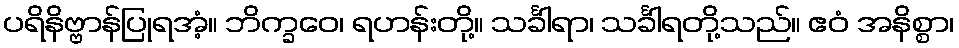
ပရိနိဗ္ဗာန်ပြုရအံ့။ ဘိက္ခဝေ၊ ရဟန်းတို့။ သင်္ခါရာ၊ သင်္ခါရတို့သည်။ ဧဝံ အနိစ္စာ၊